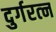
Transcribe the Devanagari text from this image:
दुर्गरत्‍न